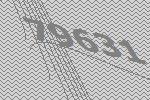
79631